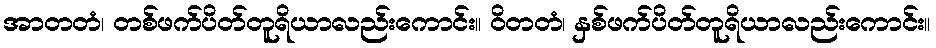
အာတတံ၊ တစ်ဖက်ပိတ်တူရိယာလည်းကောင်း။ ဝိတတံ၊ နှစ်ဖက်ပိတ်တူရိယာလည်းကောင်း။